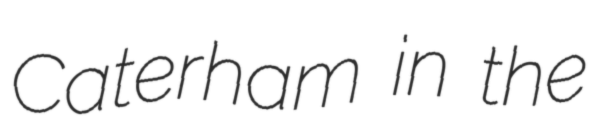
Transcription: Caterham in the